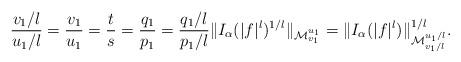
LaTeX: \begin{align*}\frac{v_{1}/l}{u_{1}/l}=\frac{v_{1}}{u_{1}}=\frac{t}{s}=\frac{q_{1}}{p_{1}}=\frac{q_{1}/l}{p_{1}/l}\|I_{\alpha}(|f|^{l})^{1/l}\|_{\mathcal{M}_{v_{1}}^{u_{1}}}=\|I_{\alpha}(|f|^{l})\|_{\mathcal{M}_{v_{1}/l}^{u_{1}/l}}^{1/l}.\end{align*}